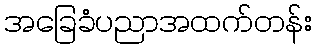
အခြေခံပညာအထက်တန်း